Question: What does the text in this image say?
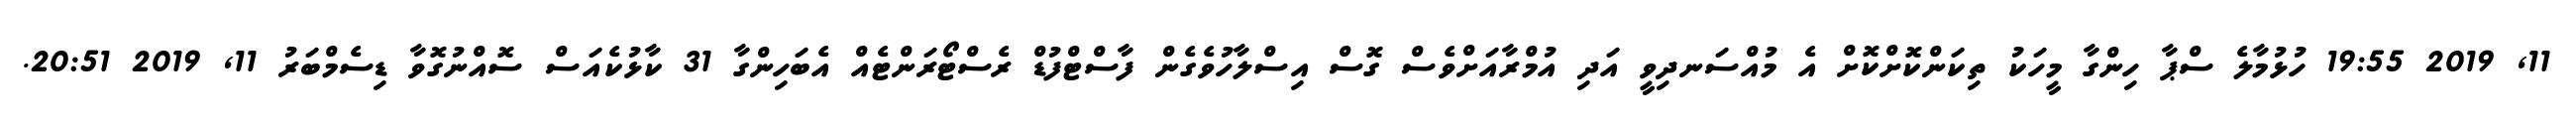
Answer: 11, 2019 19:55 ހުޅުމާލެ ސްޕާ ހިންގާ މީހަކު ތިކަންކޮށްކޮށް އެ މުއްސަނދިވީ އަދި އުމްރާއަށްވެސް ގޮސް އިސްލާހުވެގެން ފާސްޓްފުޑް ރެސްޓޯރަންޓެއް އެބަހިންގާ 31 ކާޅުކެއަސް ސޮއްނުގޮވާ ޑިސެމްބަރު 11, 2019 20:51.